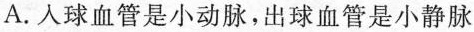
A.人球血管是小动脉，出球血管是小静脉